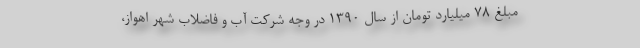
مبلغ ۷۸ میلیارد تومان از سال ۱۳۹۰ در وجه شرکت آب و فاضلاب شهر اهواز،